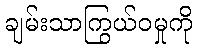
ချမ်းသာကြွယ်ဝမှုကို